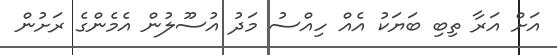
އަށް އަރާ ތިބި ބަޔަކު އެއް ހިއްސު މަދު އުސޫލުން އެމެންގެ ރަށުން